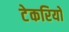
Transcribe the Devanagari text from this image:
टेकरियो